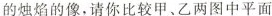
的烛焰的像，请你比较甲、乙两图中平面